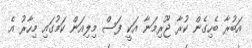
އަބުރާ ބެހިގެން ކުރާ ޖޫރިމަނާ އަކީ ފަސް މިލިއަން ކަމުގައި މިހާރު އެ